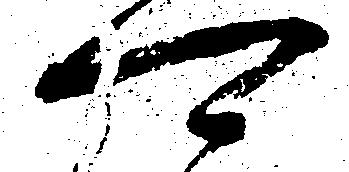
可